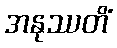
အနုဿတိံ